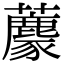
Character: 𧄟